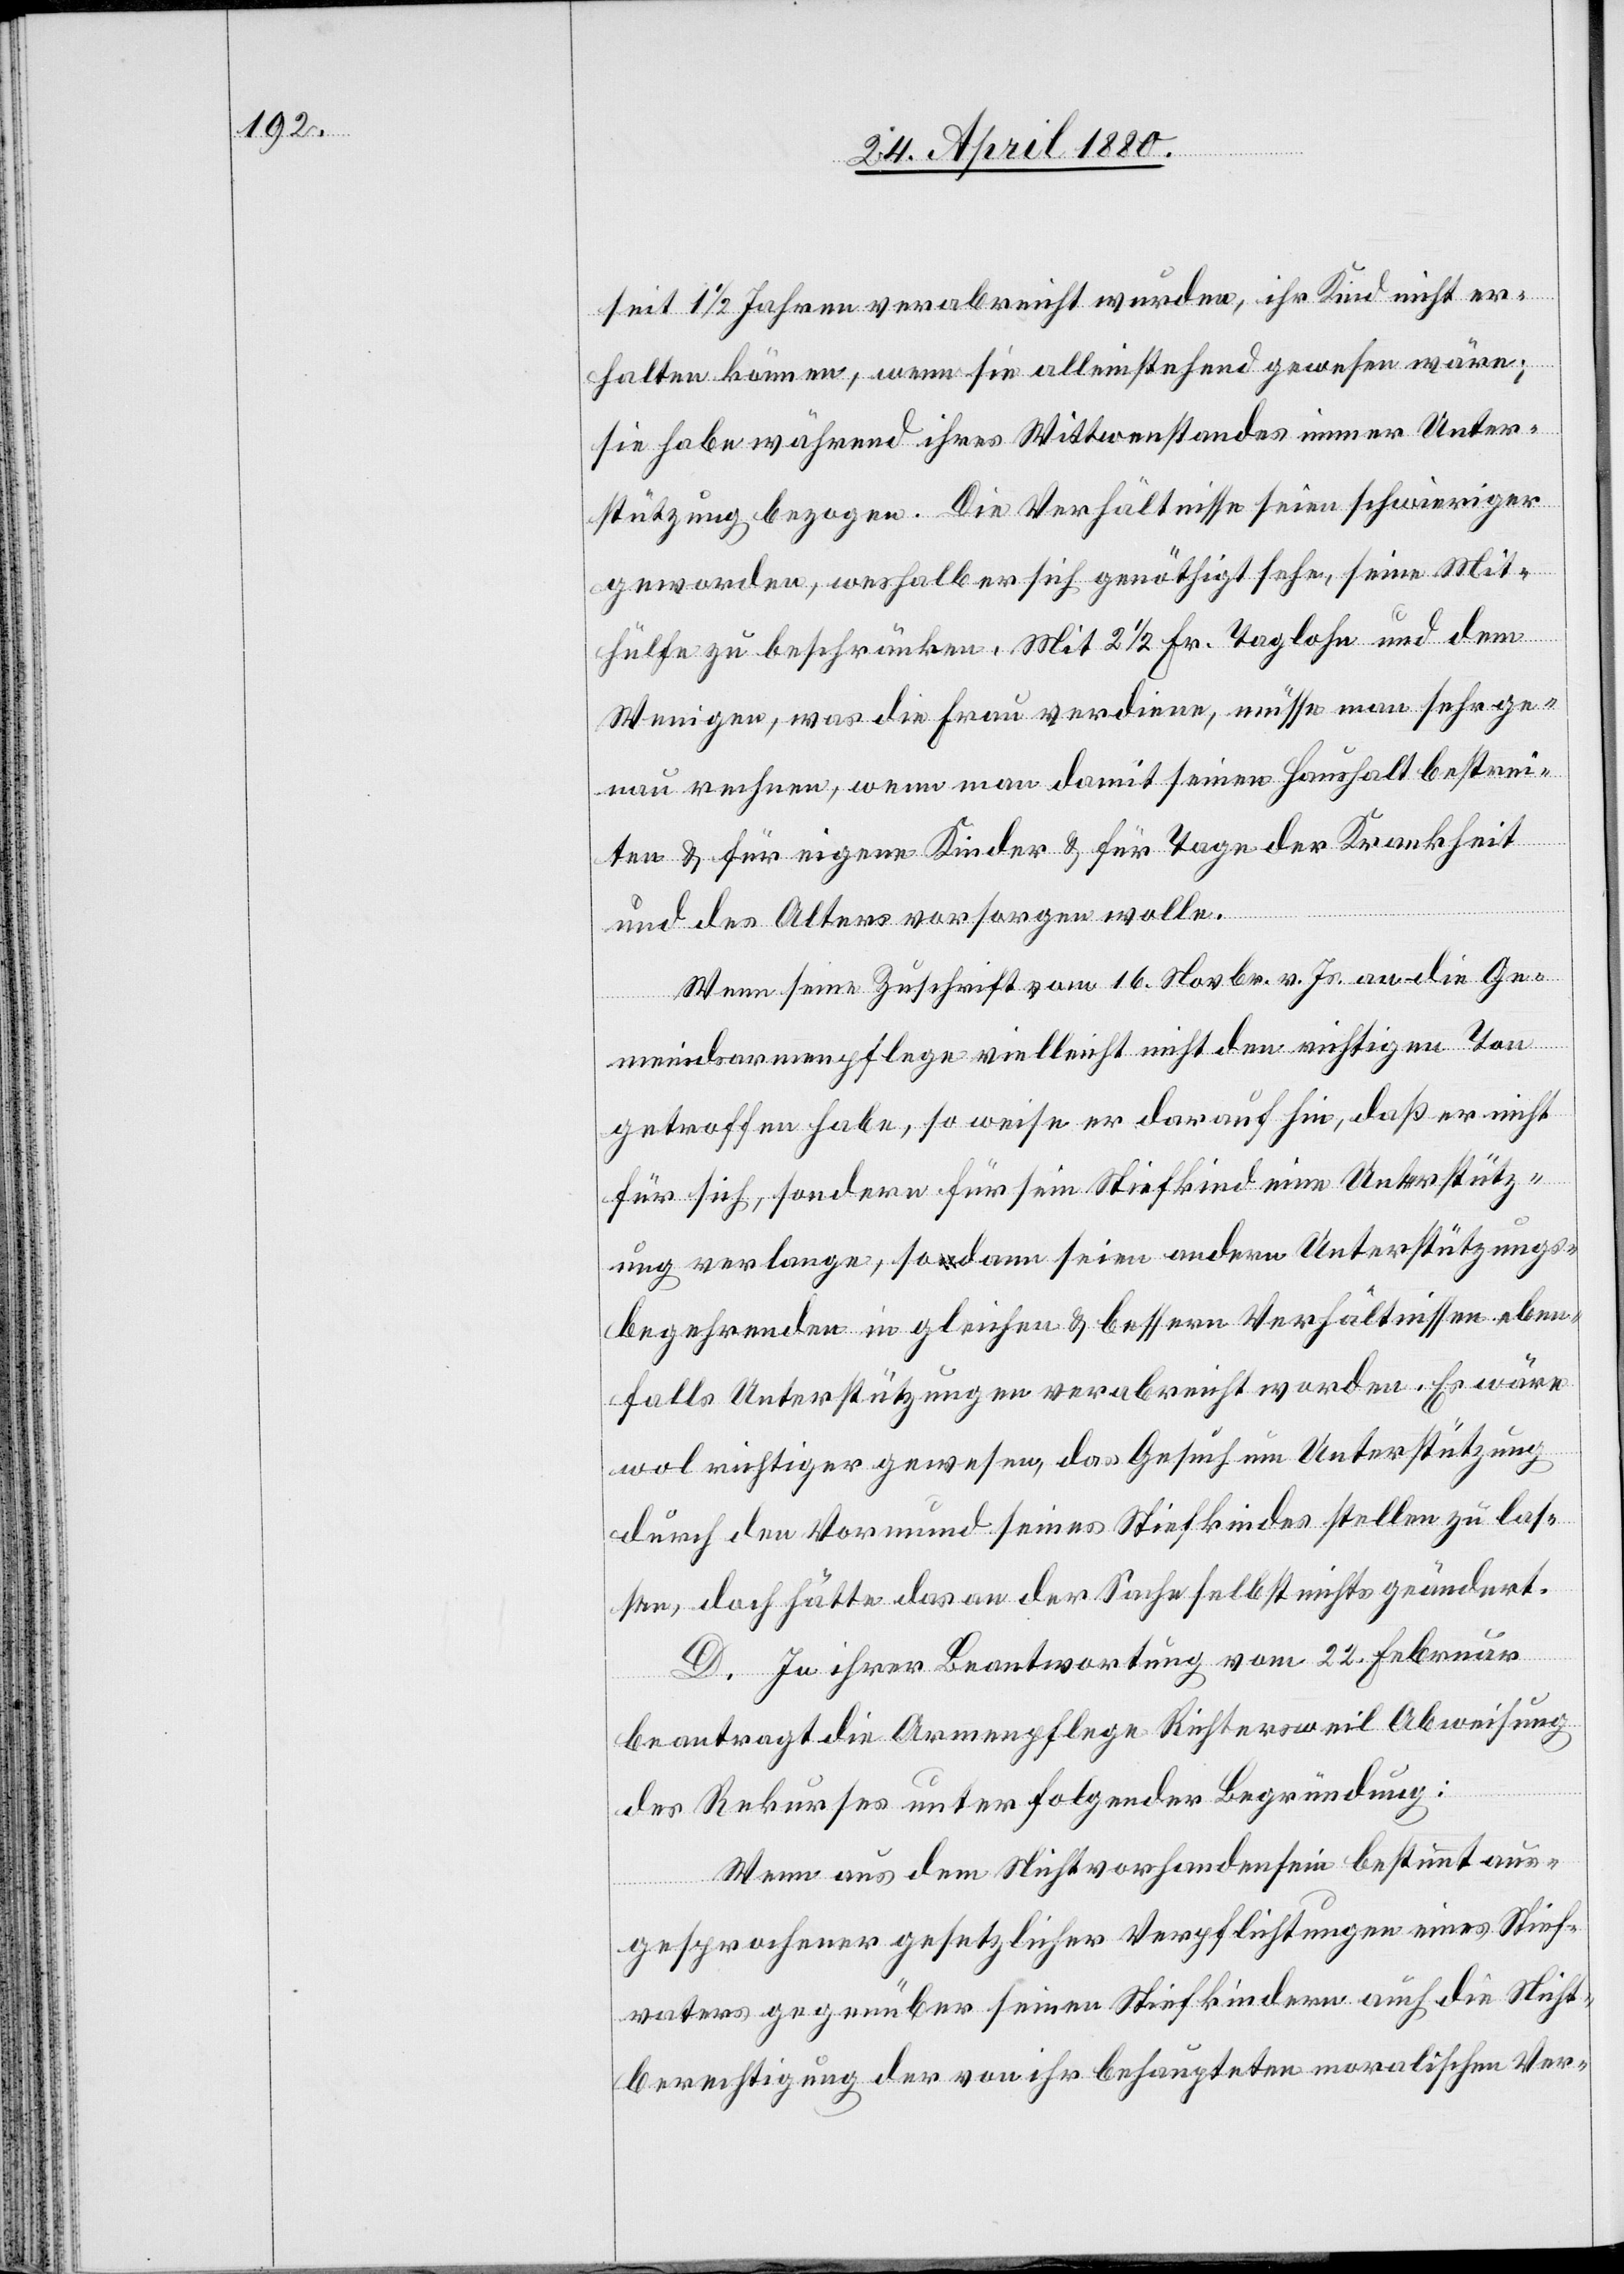
seit 11/2 Jahren verabreicht wurden, ihr Kind nicht er¬
halten können, wenn sie alleinstehend gewesen wäre;
sie habe während ihres Wittwenstandes immer Unter¬
stützung bezogen. Die Verhältnisse seien schwieriger
geworden, weshalb er sich genöthigt sehe, seine Mit¬
hülfe zu beschränken. Mit 21/2 Fr. Taglohn und dem
Wenigen, was die Frau verdiene, müsse man sehr ge¬
nau rechnen, wenn man damit seinen Haushalt bestrei¬
ten & für eigene Kinder & für Tage der Krankheit
und des Alters vorsorgen wolle.
Wenn seine Zuschrift vom 16. Novbr. v. Js. an die Ge¬
meindsarmenpflege vielleicht nicht den richtigen Ton
getroffen habe, so weise er darauf hin, daß er nicht
für sich, sondern für sein Stiefkind eine Unterstütz¬
ung verlange, so dann seien andern Unterstützungs¬
begehrenden in gleichen & bessern Verhältnissen eben¬
falls Unterstützungen verabreicht worden. Es wäre
wol richtiger gewesen, das Gesuch um Unterstützung
durch den Vormund seines Stiefkindes stellen zu las¬
sen, doch hätte das an der Sache selbst nichts geändert.
D. In ihrer Beantwortung vom 22. Februar
beantragt die Armenpflege Richtersweil Abweisung
des Rekurses unter folgender Begründung:
Wenn aus dem Nichtvorhandensein bestimmt aus¬
gesprochener gesetzlicher Verpflichtungen eines Stief¬
vaters gegenüber seinen Stiefkindern auch die Nicht¬
berechtigung der von ihr behaupteten moralischen Ver-